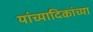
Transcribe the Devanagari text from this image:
यांच्यादिकांच्या